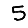
Digit: 5